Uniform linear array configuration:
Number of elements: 64
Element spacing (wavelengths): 0.75
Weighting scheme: blackman
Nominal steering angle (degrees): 60
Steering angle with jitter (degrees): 58.485
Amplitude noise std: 0.05
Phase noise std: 0.05

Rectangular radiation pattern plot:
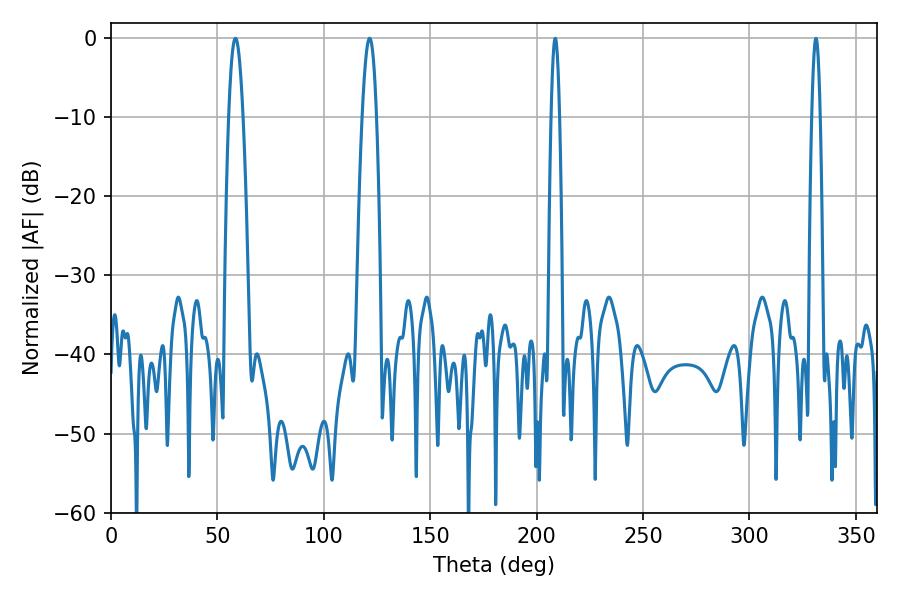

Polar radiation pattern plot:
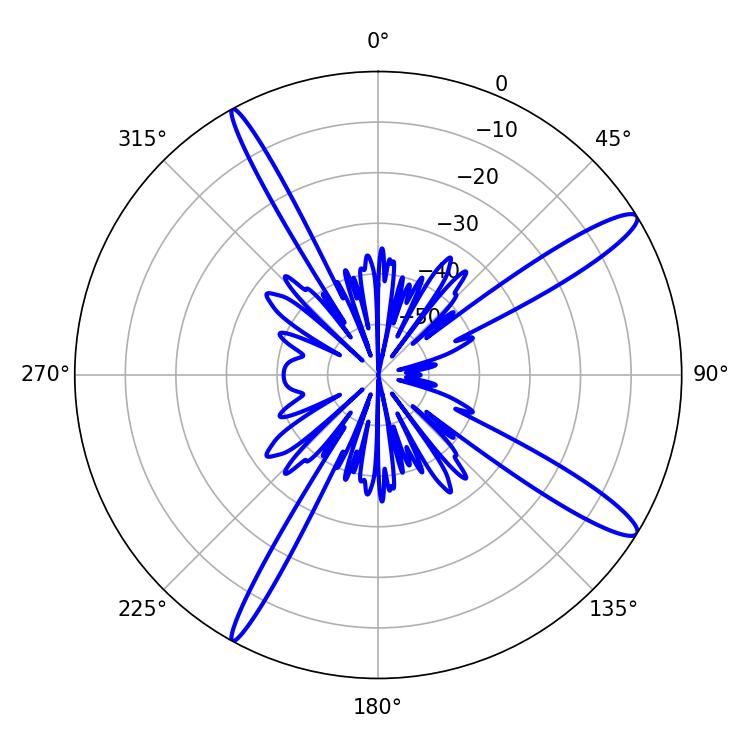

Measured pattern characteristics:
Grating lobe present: TRUE
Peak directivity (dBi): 14.007
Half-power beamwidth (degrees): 3.6
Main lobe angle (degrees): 58.5